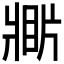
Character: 𤖎